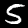
Label: 5